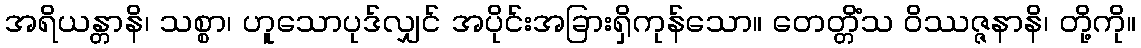
အရိယန္တာနိ၊ သစ္စာ၊ ဟူသောပုဒ်လျှင် အပိုင်းအခြားရှိကုန်သော။ တေတ္တိံသ ဝိဿဇ္ဇနာနိ၊ တို့ကို။